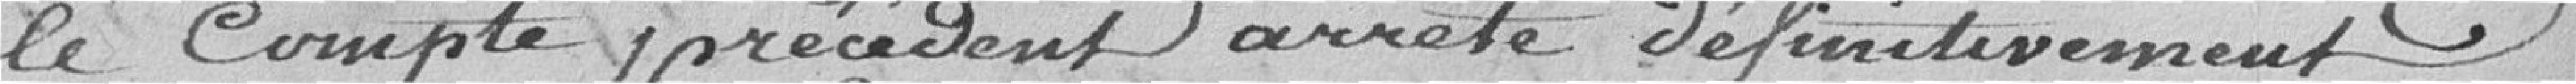
le compte précédent arrêté définitivement